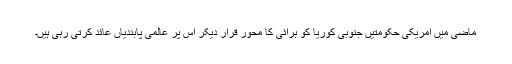
ماضی میں امریکی حکومتیں جنوبی کوریا کو برائی کا محور قرار دیکر اس پر عالمی پابندیاں عائد کرتی رہی ہیں۔